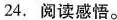
24.阅读感悟。